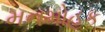
મનમોહક